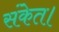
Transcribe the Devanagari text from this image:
संकेत।